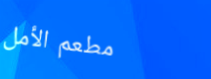
مطعم الأمل